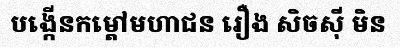
បង្កើនកម្តៅមហាជន រឿង សិចស៊ី មិន